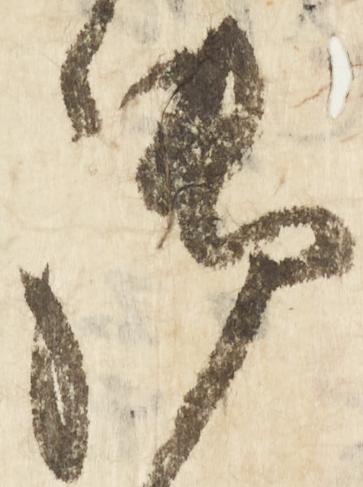
御